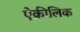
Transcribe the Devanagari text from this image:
ऐक्रीलिक